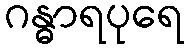
ဂန္ဓာရပုရေ